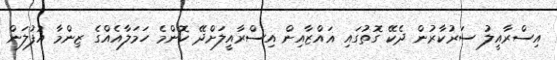
އިސްރާއީލު ސަރުކާރުން ދެކޭ ގޮތުގައި ޣައްޒާއިން އިސްރާއީލަށްދޭ ކޮންމެ ހަމަލާއެއްގެ ޒިންމާ އުފުލަން